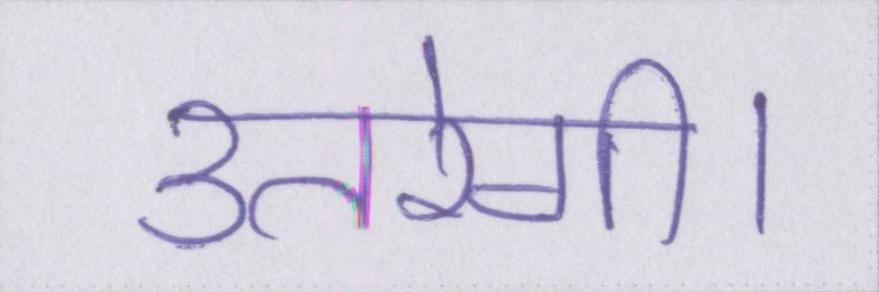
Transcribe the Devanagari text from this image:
उतरेगी।